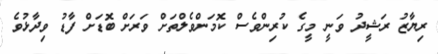
ރިޔާޒު ރަޝީދު ވަނީ މީގެ ކުރިންވެސް ކޮމަންވެލްތަށް ވަރަށް ބޮޑަށް ފާޑު ވިދާޅުވެ